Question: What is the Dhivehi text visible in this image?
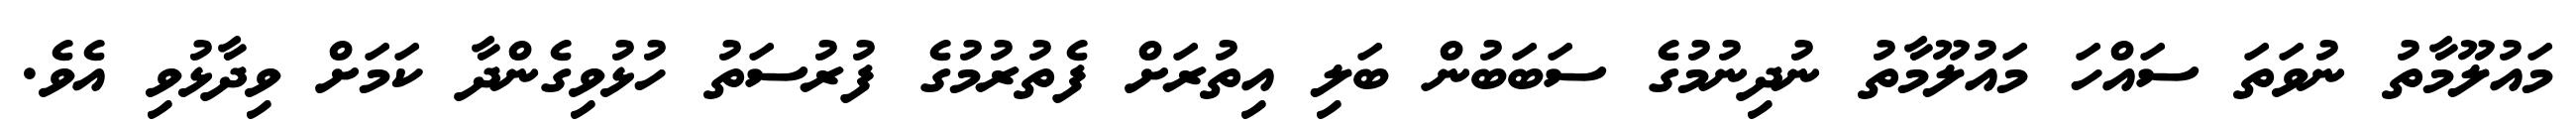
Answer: މައުލޫމާތު ނުވަތަ ސައްހަ މައުލޫމާތު ނުދިނުމުގެ ސަބަބުން ބަލި އިތުރަށް ފެތުރުމުގެ ފުރުސަތު ހުޅުވިގެންދާ ކަމަށް ވިދާޅުވި އެވެ.